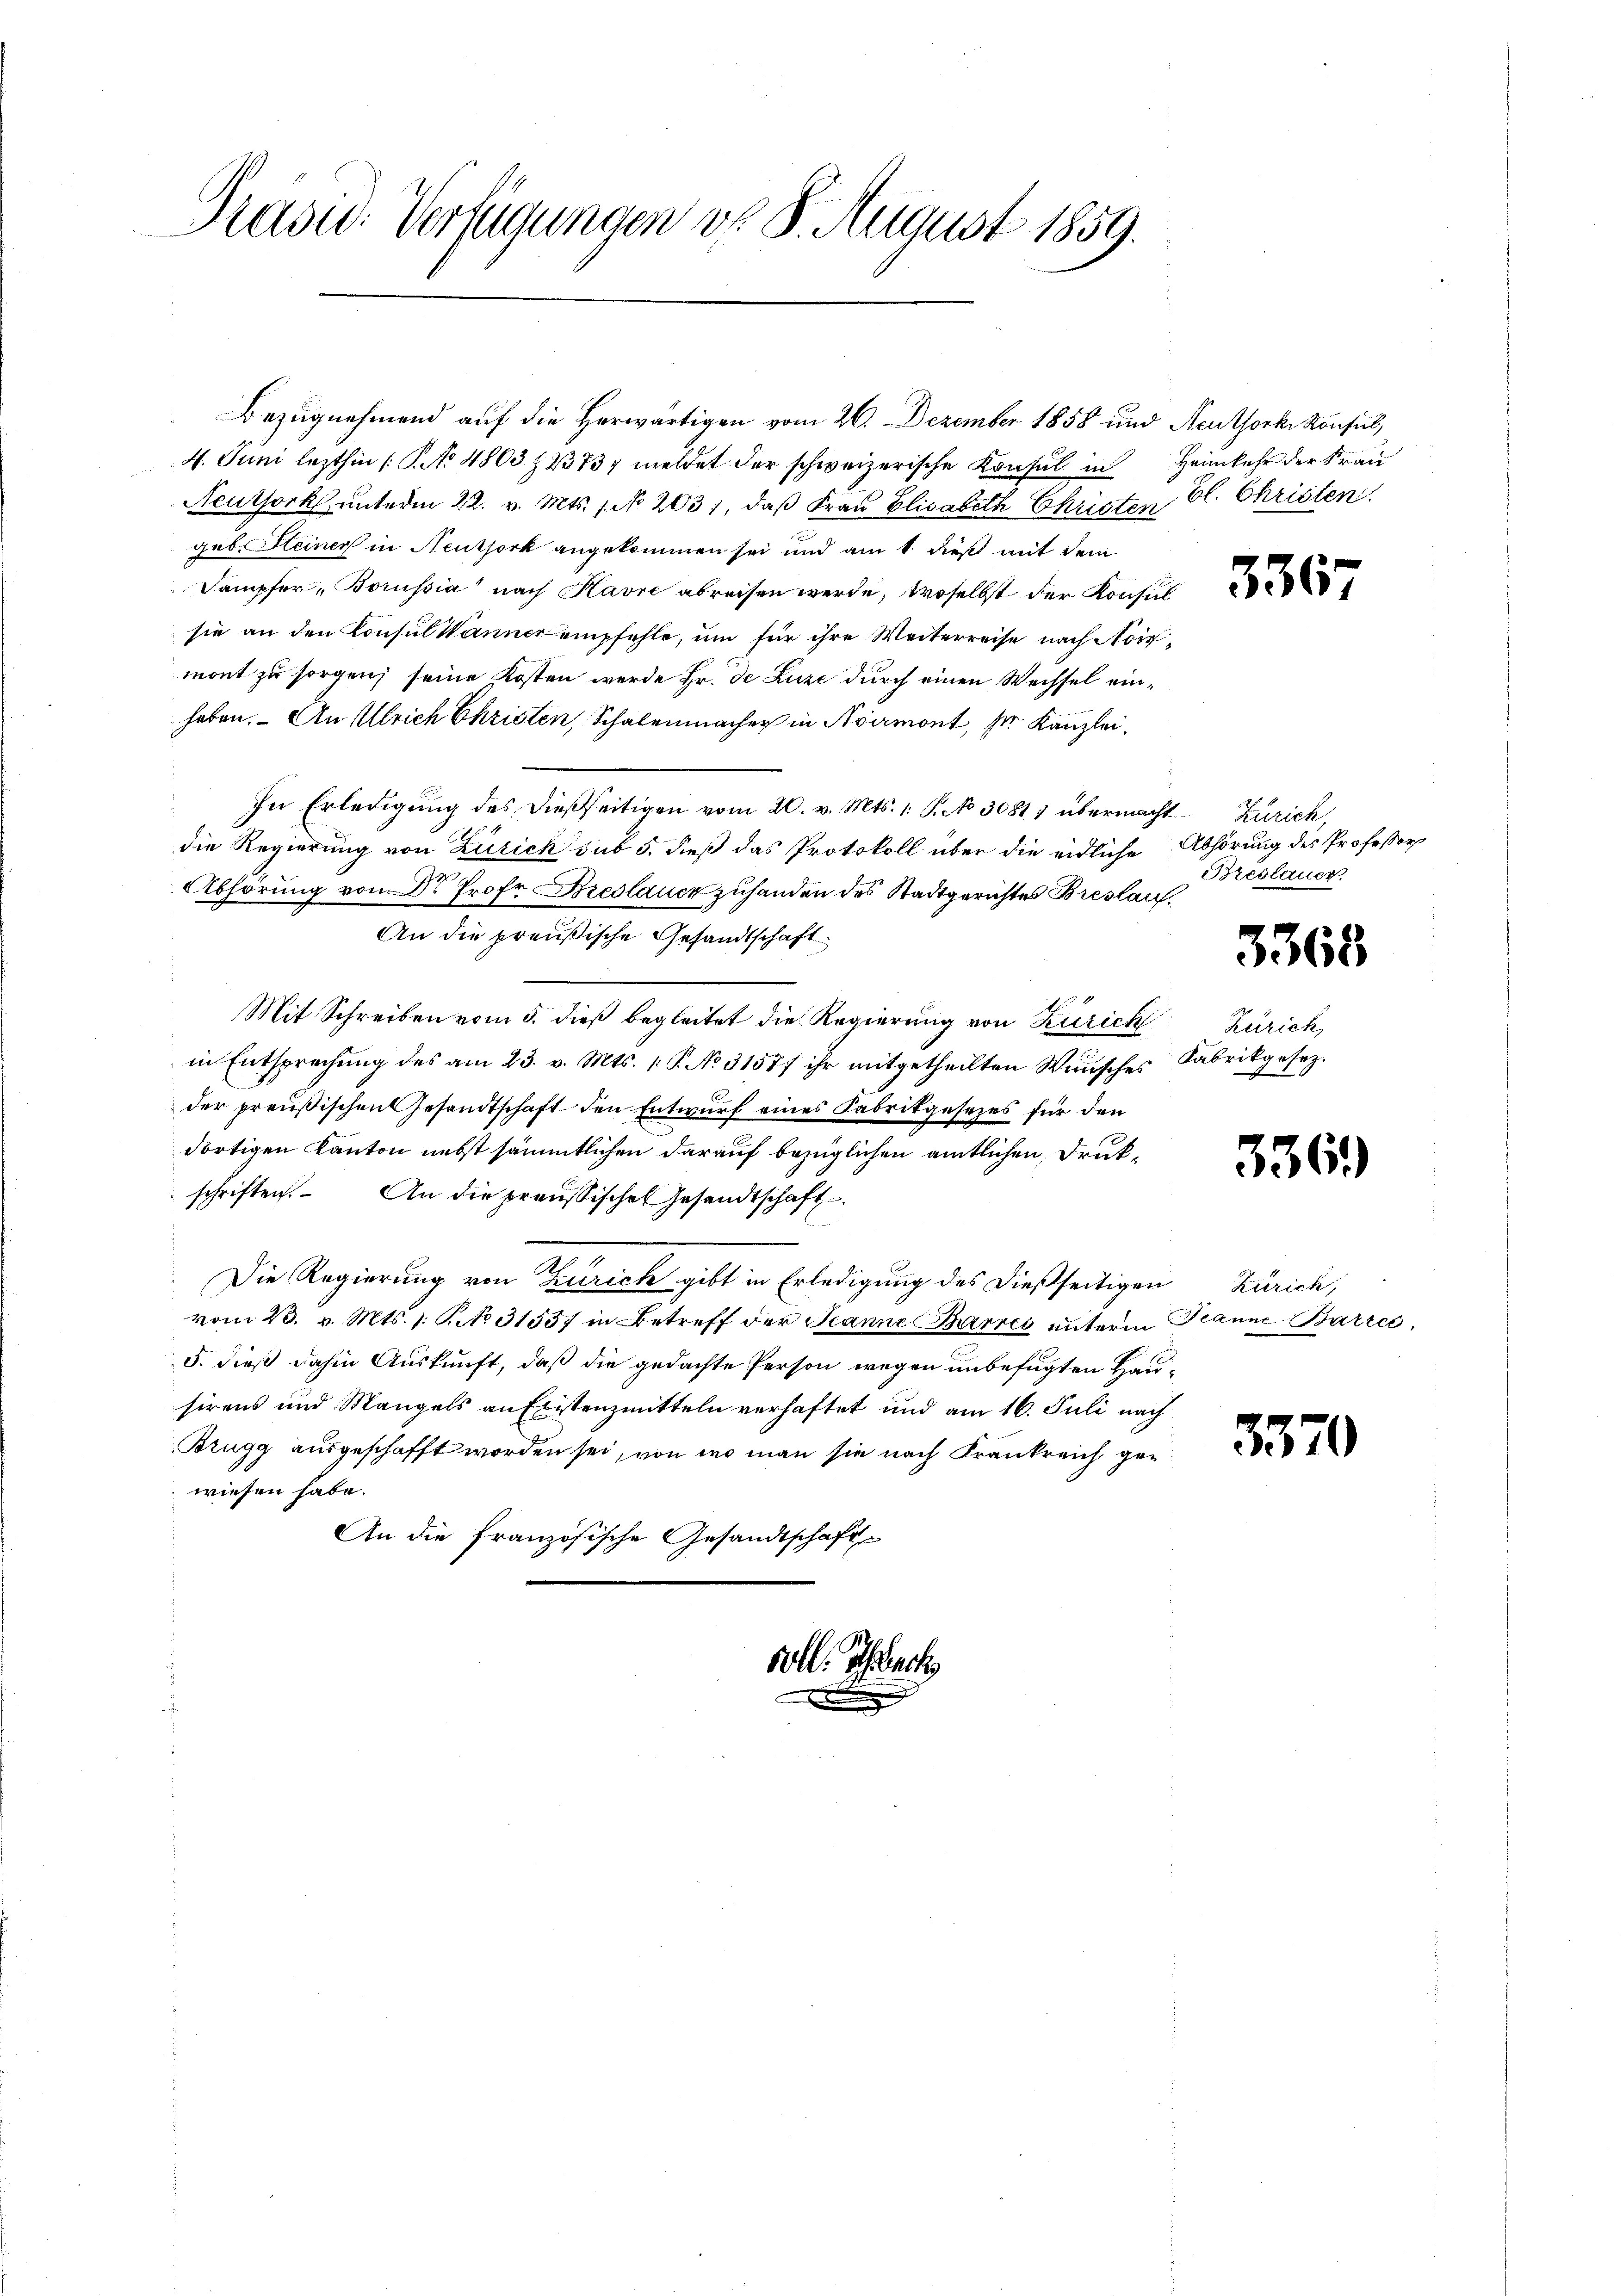
Grasn: Verfügungen d. 8. August 1859.

voll. Schach

Bezugnehmend auf die Herwärtigen vom 26. Dezember 1858 und Neuthork Konsul,
4. Juni lezthin (S. No 4803. § 23737 meldet der schweizerische Konsul in
Neuthork unterm 22. v. Mts. 1. No 2031, daß Frau Elisabeth Christen, bl. Christen
geb. Steiner in Neutjork angekommen sei und am 1. dieß mit dem
Sampfer, Borussia nach Kavre abreisen werde, woselbst der Konsin
sie an den Consul Wanner empfehle, um für ihre Weiterreise nach Noismont zu sorgen; seine Kosten werde Hr. de Luze durch einen Wechsel einhaben. An Ulrich Christen, Schalenmacher in Avermont, der Kanzlei¬
In Erledigung des dießseitigen vom 20. v. Mts. 1. S. No 30811 übermacht Zürich,
die Regierung von Zürich sub 5. dieß das Protokoll über die eidliche
AAbhörung von Dr. Prof. Breslauen zuhanden des Stadtgerichtes Breslau,
An die preußische Gesandtschaft
Mit Schreiben vom 5. dieß begleitet die Regierung von Zürich
in Entsprechung des am 23. v. Mts. (T. No 3157f ihr mitgetheilten Wunsches
der preußischen Gesandtschaft den Entwurf eines Fabrikgesezes für den
dortigen Kanton nebst sämmtlichen darauf bezüglichen amtlichen Drukschriften. An die preußischen Gesandtschaft
Die Regierung von Zürich gibt in Erledigung des dießseitigen
vom 23. v. Mts. 1. No 31557 in Betreff der Jeanne Barres unterm
5. dieß dahin Auskunft, daß die gedachte Person wegen unbefugten Hau
sirens und Mangels an Existenzmitteln verhaftet und am 16. Juli nach
Brugg ausgeschafft worden sei, von wo man sie nach Krankreich gen
wiesen habe.
An die französische Gesandtschaft

Heimkehr der Frau

3367

Abhörung des Professor
Breslauer.
3368
Zürich,
Fabrikgesez.

336)

Zürich,
Jeanne Battes,
.

3370